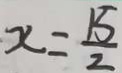
x = \frac { 1 5 } { 2 }